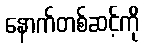
နောက်တစ်ဆင့်ကို